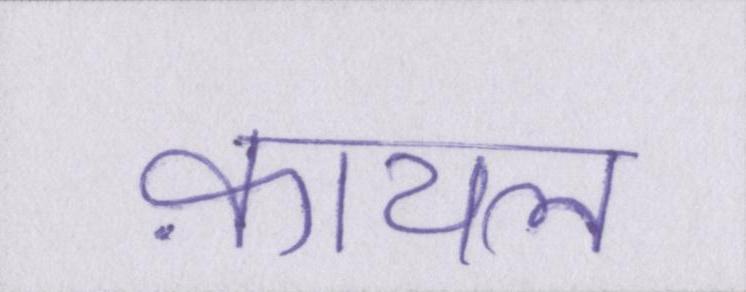
क़ायल